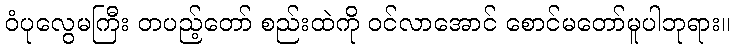
ဝံပုလွေမကြီး တပည့်တော် စည်းထဲကို ဝင်လာအောင် စောင်မတော်မူပါဘုရား။